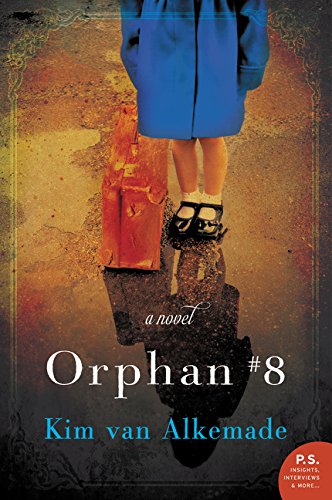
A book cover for Orphan #8: A Novel; Kim van Alkemade; Religion & Spirituality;